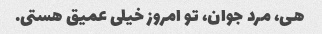
هی، مرد جوان، تو امروز خیلی عمیق هستی.